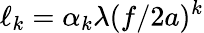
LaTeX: \ell_{k}=\alpha_{k}\lambda({f}/{2a})^{k}